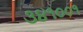
૩૪૧૦૦૧